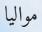
مواليا